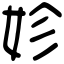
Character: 𡛧